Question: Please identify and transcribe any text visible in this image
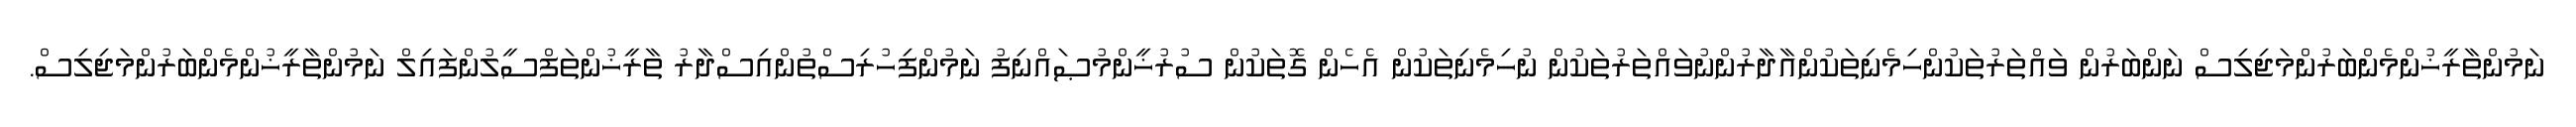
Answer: ނަމުންތާރީޚުންމެންބަރުންމަޖިލިސް ނަންބަރުން ވައްތަރުތަކުންހިމެނިތަކުންއާދާރުންނުވައްތަރުތަކުން ނުހިމެނިތަކުން އެހެން ގޮތަކުން ސުރުޚީންމުޞައްނިފު ނަމުންފިހުރިސްތުންއިސްދާރު ތާރީޚުންތަފްސީލުންފައިލް ނަމުންތާރީޚުންމެންބަރުންމަޖިލިސް.